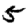
Digit: 5